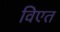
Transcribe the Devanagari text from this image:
विएत